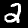
Label: 2